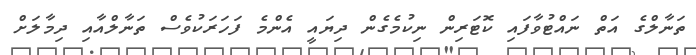
ތަނާލްގެ އަތް ނައްޓުވާފައި ކޮޓަރިން ނިކުމެގެން ދިޔައީ އެންމެ ފަހަރަކުވެސް ތަނާލްއާއި ދިމާލަށް